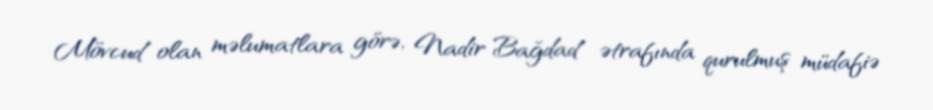
Mövcud olan məlumatlara görə, Nadir Bağdad ətrafında qurulmuş müdafiə